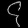
Digit: ၄